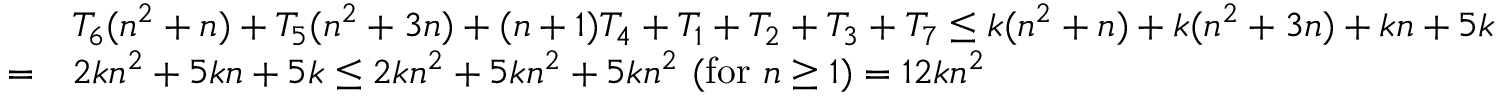
{ \begin{array} { r l } & { T _ { 6 } ( n ^ { 2 } + n ) + T _ { 5 } ( n ^ { 2 } + 3 n ) + ( n + 1 ) T _ { 4 } + T _ { 1 } + T _ { 2 } + T _ { 3 } + T _ { 7 } \leq k ( n ^ { 2 } + n ) + k ( n ^ { 2 } + 3 n ) + k n + 5 k } \\ { = } & { 2 k n ^ { 2 } + 5 k n + 5 k \leq 2 k n ^ { 2 } + 5 k n ^ { 2 } + 5 k n ^ { 2 } \ ( { \mathrm { f o r ~ } } n \geq 1 ) = 1 2 k n ^ { 2 } } \end{array} }